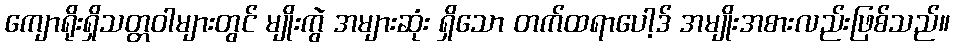
ကျောရိုးရှိသတ္တဝါများတွင် မျိုးကွဲ အများဆုံး ရှိသော တက်ထရာပေါ့ဒ် အမျိုးအစားလည်းဖြစ်သည်။